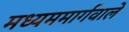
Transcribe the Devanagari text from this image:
मध्यममार्गवाले